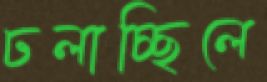
ঢলাচ্ছিলে